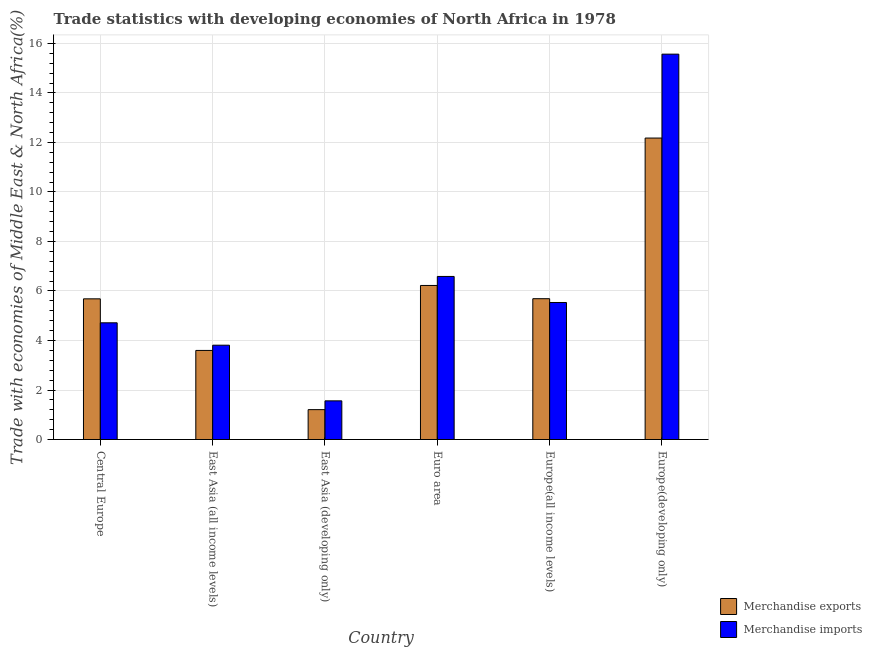
| Country | Merchandise exports | Merchandise imports |
 | --- | --- | --- |
 | Central Europe | 5.68 | 4.71 |
 | East Asia (all income levels) | 3.6 | 3.81 |
 | East Asia (developing only) | 1.21 | 1.56 |
 | Euro area | 6.22 | 6.59 |
 | Europe(all income levels) | 5.69 | 5.54 |
 | Europe(developing only) | 12.2 | 15.6 |